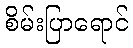
စိမ်းပြာရောင်